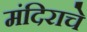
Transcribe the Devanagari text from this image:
मंदिराचे